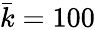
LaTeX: \bar{k}=100